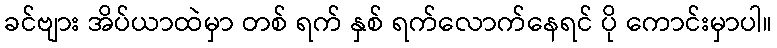
ခင်ဗျား အိပ်ယာထဲမှာ တစ် ရက် နှစ် ရက်လောက်နေရင် ပို ကောင်းမှာပါ။